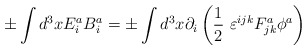
\begin{align*}\pm \int d^3xE_i^aB^a_i=\pm \int d^3x\partial_i\left(\frac{1}{2}\ \varepsilon^{ijk}F_{jk}^a\phi^a\right)\end{align*}